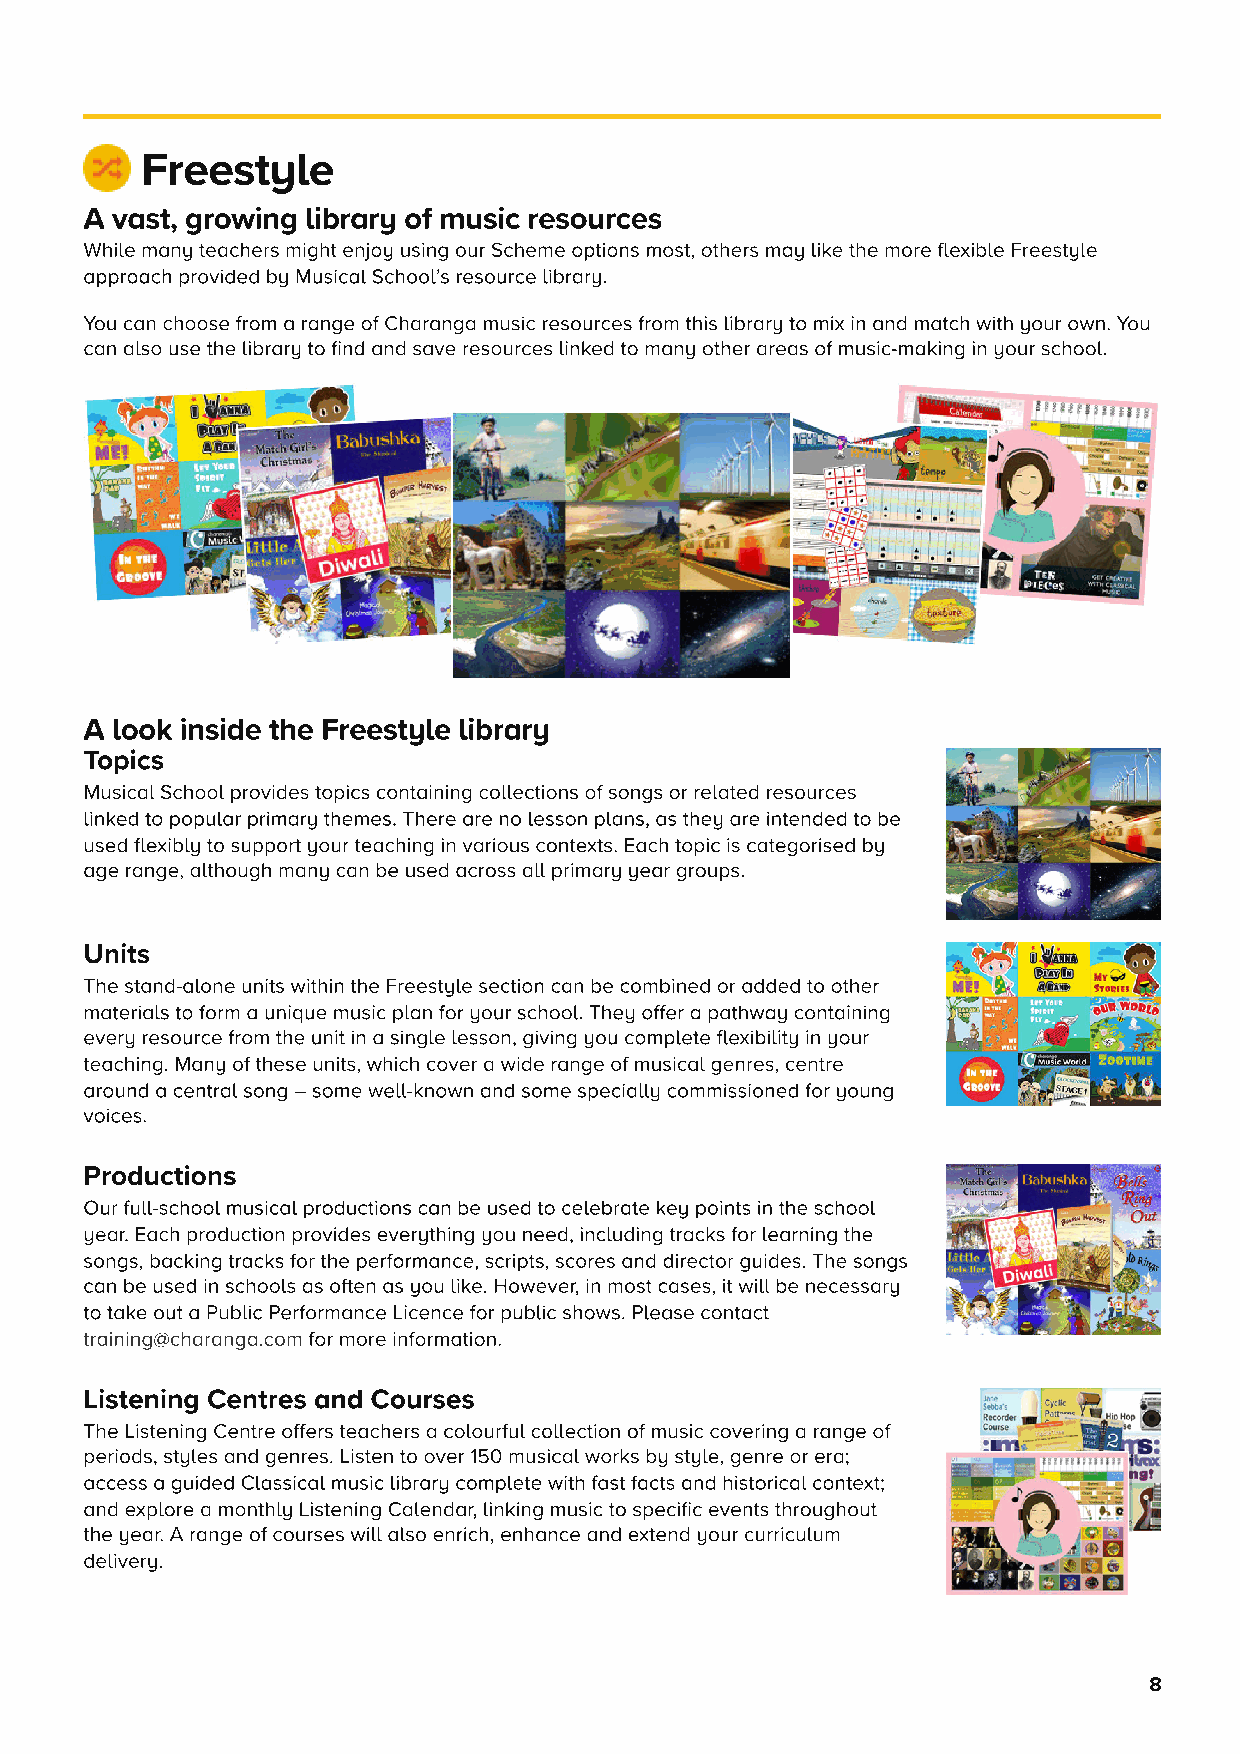
Freeste
 A vst, growing ibrr of music resources
 Whie mn techers might enjo using our Scheme options most, others m ike the more fexibe Freeste
 pproch provided b Music Schoo’s resource ibrr.
 You cn choose from  rnge of Chrng music resources from this ibrr to mix in nd mtch with our own. You
 cn so use the ibrr to find nd sve resources inked to mn other res of music-mking in our schoo.
 A ook inside the Freeste ibrr
 Topics
 Music Schoo provides topics contining coections of songs or reted resources
 inked to popur primr themes. There re no esson pns, s the re intended to be
 used fexib to support our teching in vrious contexts. Ech topic is ctegorised b
 ge rnge, though mn cn be used cross  primr er groups.
 Units
 The stnd-one units within the Freeste section cn be combined or dded to other
 mteris to form  unique music pn for our schoo. The offer  pthw contining
 ever resource from the unit in  singe esson, giving ou compete fexibiit in our
 teching. Mn of these units, which cover  wide rnge of music genres, centre
 round  centr song – some we-known nd some speci commissioned for oung
 voices.
 Productions
 Our fu-schoo music productions cn be used to ceebrte ke points in the schoo
 er. Ech production provides everthing ou need, incuding trcks for erning the
 songs, bcking trcks for the performnce, scripts, scores nd director guides. The songs
 cn be used in schoos s often s ou ike. However, in most cses, it wi be necessr
 to tke out  Pubic Performnce Licence for pubic shows. Pese contct
 trining@chrng.com for more informtion.
 Listening Centres nd Courses
 The Listening Centre offers techers  coourfu coection of music covering  rnge of
 periods, stes nd genres. Listen to over 150 music works b ste, genre or er;
 ccess  guided Cssic music ibrr compete with fst fcts nd historic context;
 nd expore  month Listening Cendr, inking music to specific events throughout
 the er. A rnge of courses wi so enrich, enhnce nd extend our curricuum
 deiver.
 8